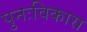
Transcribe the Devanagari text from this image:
पुनःविकास